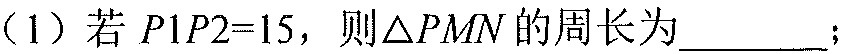
（1）若$P1P2 = 15$，则$\triangle PMN$的周长为__________；